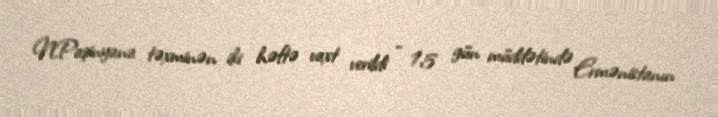
N.Paşinyana təxminən iki həftə vaxt verildi - 15 gün müddətində Ermənistanın